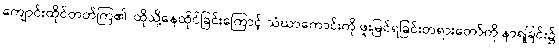
ကျောင်းထိုင်တတ်ကြ၏၊ ထိုသို့နေထိုင်ခြင်းကြောင့် သံဃာကောင်းကို ဖူးမြင်ရခြင်းတရားတော်ကို နာရခြင်း၌